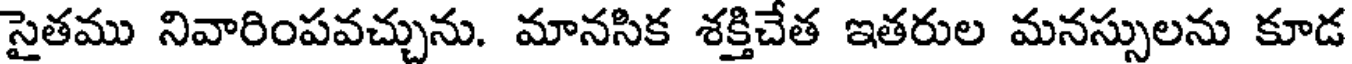
సైతము నివారింపవచ్చును. మానసిక శక్తిచేత ఇతరుల మనస్సులను కూడ